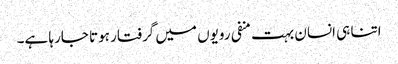
اتنا ہی انسان بہت منفی رویوں میں گرفتار ہوتا جارہا ہے۔